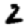
Digit: 2